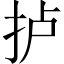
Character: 𢫘